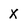
Character: X